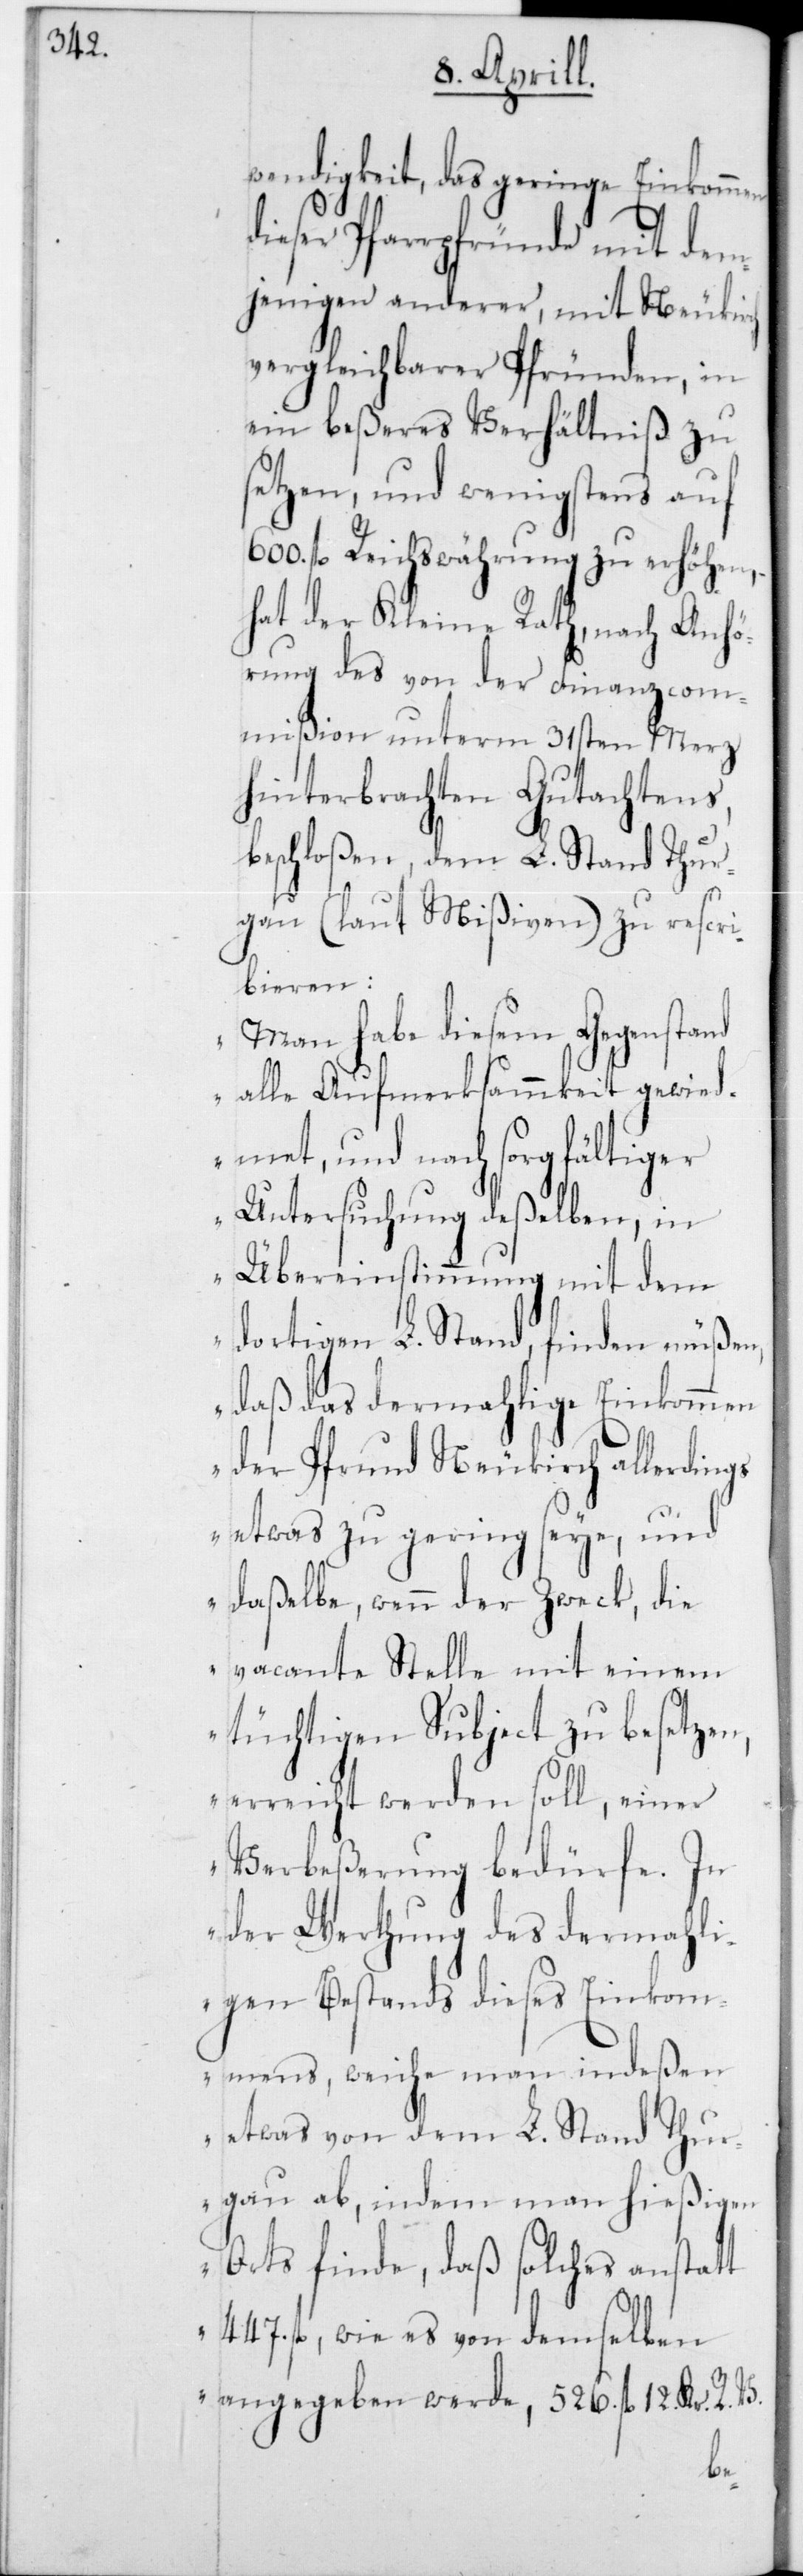
met,

gs

wendigkeit, das geringe Einkommen
eser Pfarrpfründe mit dem¬
jenigen anderer, mit Neukirch
vergleichbarer Pfründen, in
ein beßeres Verhältniß zu
setzen, und wenigstens auf
600 fl. Reichswährung zu erhöhen,
hat der Kleine Rath, nach Anhö¬
rung des von der Finanzcom¬
mißion unterm 31sten Merz
hinterbrachten Gutachtens,
beschloßen, dem L. Stand Thur¬
gau (laut Mißiven) zu rescri¬
bieren:
„Man habe diesem Gegenstand
alle Aufmerksamkeit gewied¬
und nach sorgfältiger
Untersuchung deßelben, in
Übereinstimmung mit dem
dortigen L. Stand, finden müßen,
daß das dermahlige Einkommen
der Pfrund Neukirch allerdin¬
etwas zu gering seye, und
daßelbe, wenn der Zweck, die
vacante Stelle mit einem
tüchtigen Subject zu besetzen,
erreicht werden soll, einer
Verbeßerung bedürfe. In
der Werthung des dermahli¬
gen Bestands dieses Einkom¬
mens, weiche man indeßen
etwas von dem L. Stand Thur¬
gau ab, indem man hießigen
Orts finde, daß solches anstatt
447 fl., wie es von demselben
angegeben werde, 526 fl. 12 Kr. R. V.